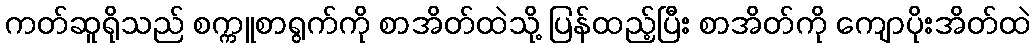
ကတ်ဆူရိုသည် စက္ကူစာရွက်ကို စာအိတ်ထဲသို့ ပြန်ထည့်ပြီး စာအိတ်ကို ကျောပိုးအိတ်ထဲ